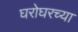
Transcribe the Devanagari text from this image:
घरोघरच्या